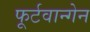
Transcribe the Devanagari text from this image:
फूर्टवान्गेन